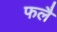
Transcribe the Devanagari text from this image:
फलै